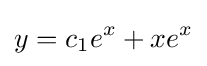
y=c_{1}e^{x}+xe^{x}